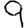
Digit: 9